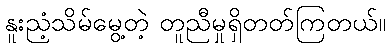
နူးညံ့သိမ်မွေ့တဲ့ တူညီမှုရှိတတ်ကြတယ်။